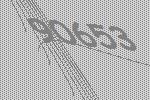
90653